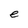
Character: e